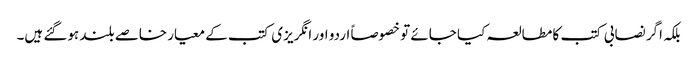
بلکہ اگر نصابی کتب کا مطالعہ کیا جائے تو خصوصاً اردو اور انگریزی کتب کے معیار خاصے بلند ہوگئے ہیں۔